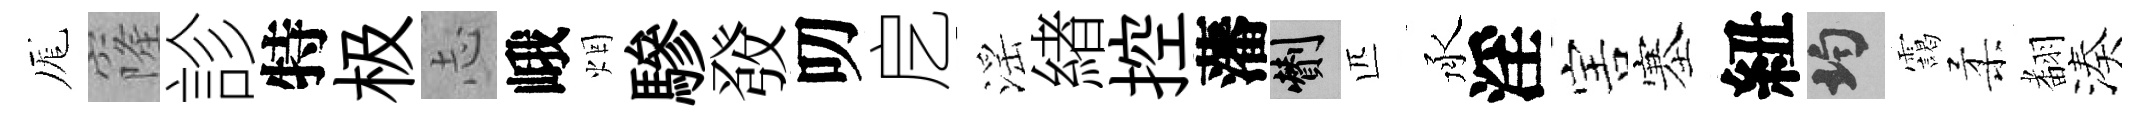
厖窿診特极𢖽峨烟驂𤼲叨戹滛緖控藩剪匹承淫害塞紐均靄柔𮋒湊